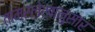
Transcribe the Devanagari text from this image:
ताम्रलेखानुसार